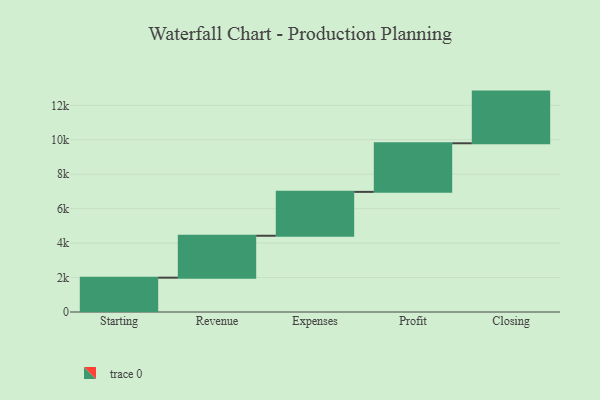
{"axis": {"x": "Step", "y": "Value"}, "legend": [""], "data": [{"x": "Starting", "y": 1993.0, "type": ""}, {"x": "Revenue", "y": 2434.0, "type": ""}, {"x": "Expenses", "y": 2548.0, "type": ""}, {"x": "Profit", "y": 2822.0, "type": ""}, {"x": "Closing", "y": 3000, "type": ""}]}